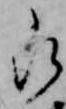
被